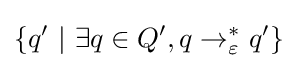
\{q'~|~\exists q\in Q',q\to _{\varepsilon }^{*}q'\}